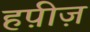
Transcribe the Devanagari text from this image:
हप़ीज़